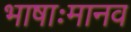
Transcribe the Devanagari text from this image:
भाषाःमानव